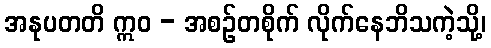
အနုပတတိ ဣဝ - အစဉ်တစိုက် လိုက်နေဘိသကဲ့သို့၊